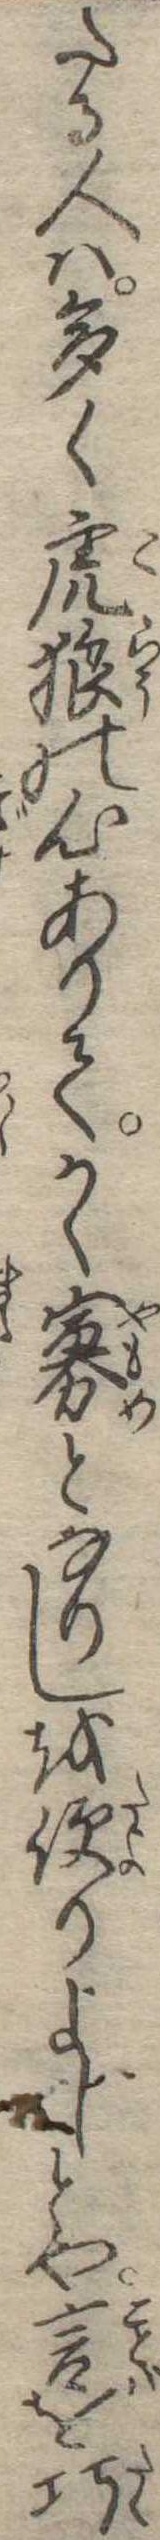
たる人は多く虎狼の心ありてかく寡となりしを便りよしとや言を巧